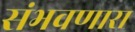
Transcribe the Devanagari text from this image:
संभवणारा